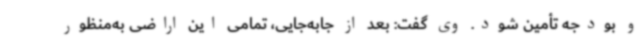
و بودجه تأمین شود. وی گفت: بعد از جابه‌جایی، تمامی این اراضی به‌منظور